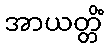
အာယတ္တိံ